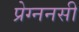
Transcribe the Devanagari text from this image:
प्रेग्ननसी